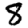
Digit: 8